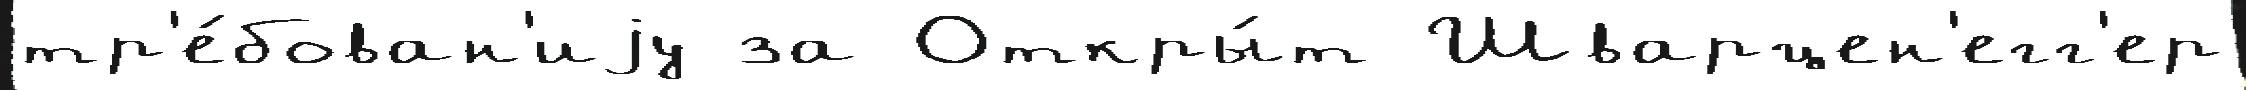
тр'е́бован'иjу за Откры́т Шварцен'егг'ер